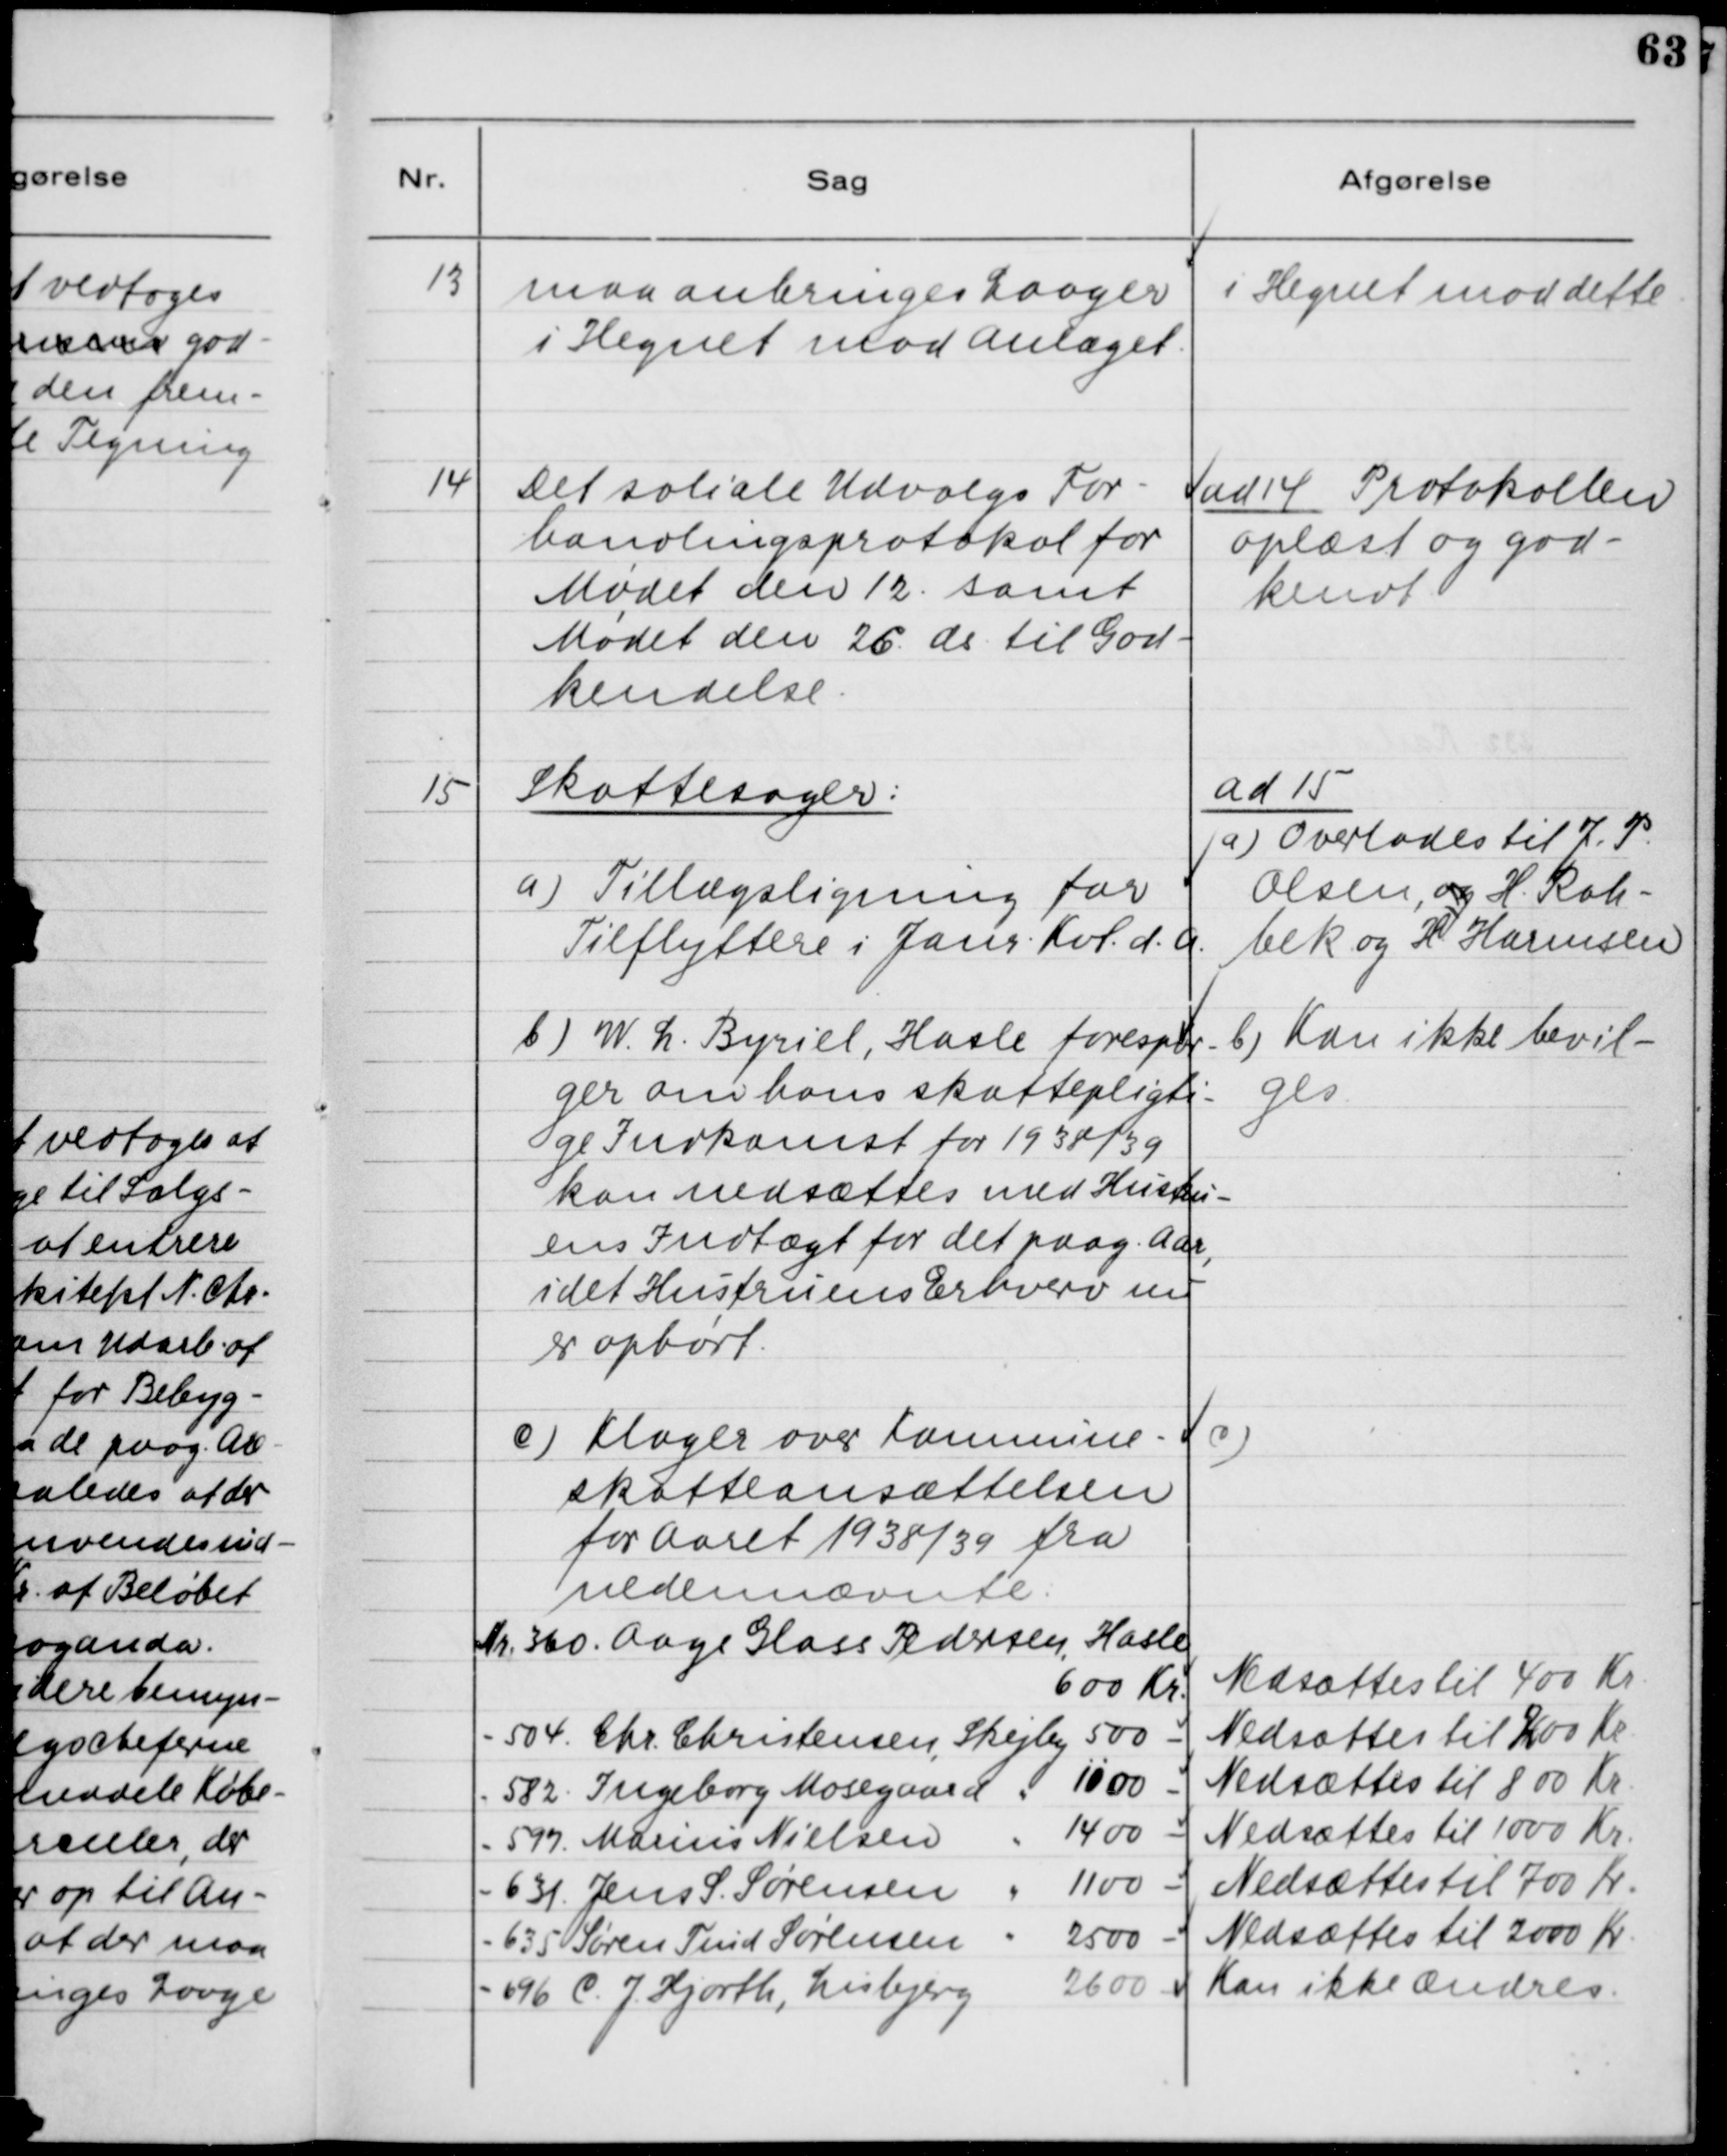
Transskription:
13. maa anbringes Laager
i Hegnet mod Anlæget.

i Hegnet mod dette.

14. Det sociale Udvalgs For-
handlingsprotokol for
Mødet den 12. samt
Mødet den 26. ds. til God-
kendelse.

ad 14. Protokollen
oplæst og god-
kendt.

15. Skattesager:
a) Tillægsligning for
Tilflyttere i Janr. Kvt. d.A.

ad 15.
a) Overlades til J. P.
Olsen, og H. Rah-
bek og H. Harmsen

b) W. L. Byriel, Hasle forespør-
ger om hans skattepligti-
ge Indkomst for 1938/39
kan nedsættes med Hustru-
ens Indtægt for det paag. Aar,
idet Hustruens Erhverv nu
er ophørt.

b) Kan ikke bevil-
ges

e) Klager over Kommune-
skatteansættelsen
for Aaret 1938/39 fra
nedennævnte:
Nr. 360. Aage Glass Pedersen, Hasle
600 Kr.
Nr. 504. Chr. Christensen, Skejby 500 Kr.
Nr. 582. Ingeborg Mosegaard, Skejby 1100 Kr.
Nr. 597. Marius Nielsen, Skejby 1400 Kr.
Nr. 631. Jens S. Sørensen, Skejby 1100 Kr.
Nr. 635 Søren Tind Sørensen, Skejby 2500 Kr.
Nr. 696. C. J. Hjorth, Lisbjerg 2600 Kr.

c)
Nedsættes til 400 Kr.
Nedsættes til 200 Kr.
Nedsættes til 800 Kr.
Nedsættes til 1000 Kr.
Nedsættes til 700 Kr.
Nedsættes til 2000 Kr.
Kan ikke Ændres.